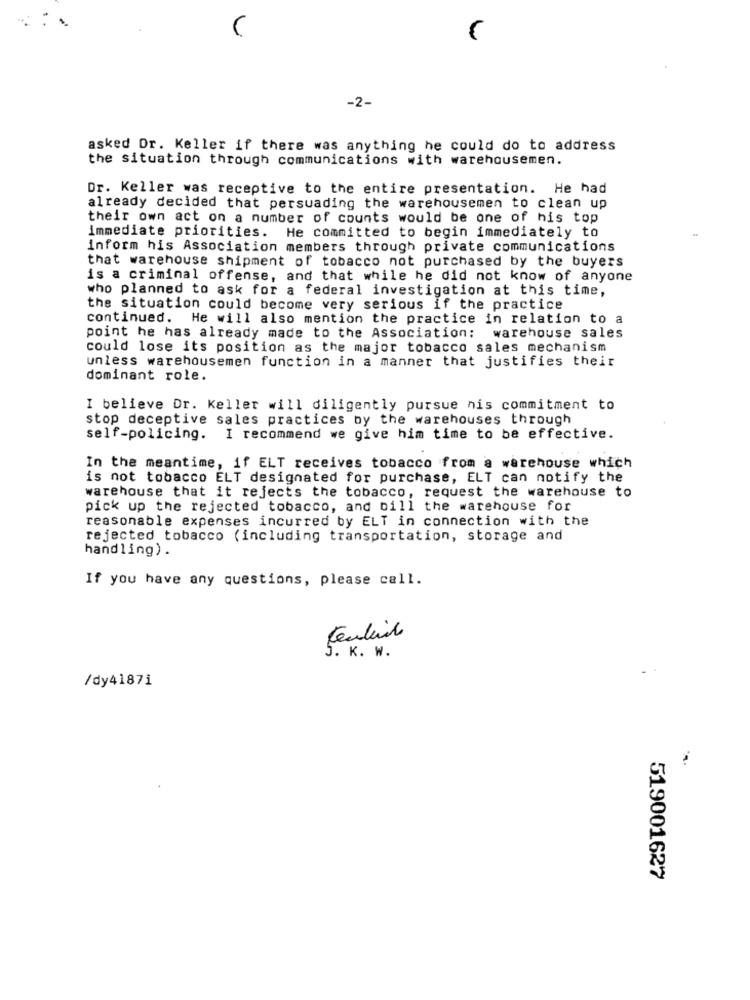
-2-
asked Dr. Keller if there was anything he could do to address
the situation through communications with warehousemen.
Dr. Keller was receptive to the entire presentation. He had
already decided that persuading the warehousemen to clean up
their own act on a number of counts would be one of his top
immediate priorities. He committed to begin immediately to
inform his Association members through private communications
that warehouse shipment of tobacco not purchased by the buyers
is a criminal offense, and that while he did not know of anyone
who planned to ask for a federal investigation at this time,
the situation could become very serious if the practice
continued. He will also mention the practice in relation to a
point he has already made to the Association: warehouse sales
could lose its position as the major tobacco sales mechanism
unless warehousemen function in a manner that justifies their
dominant role.
I believe Dr. Keller will diligently pursue nis commitment to
stop deceptive sales practices by the warehouses through
self-policing. I recommend we give him time to be effective.
In the meantime, if ELT receives tobacco from a warehouse which
is not tobacco ELT designated for purchase, ELT can notify the
warehouse that it rejects the tobacco, request the warehouse to
pick up the rejected tobacco, and bill the warehouse for
reasonable expenses incurred by ELT in connection with the
rejected tobacco (including transportation, storage and
handling).
If you have any questions, please call.
5. K. W.
/dy41871
519001627